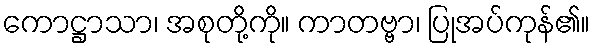
ကောဋ္ဌာသာ၊ အစုတို့ကို။ ကာတဗ္ဗာ၊ ပြုအပ်ကုန်၏။